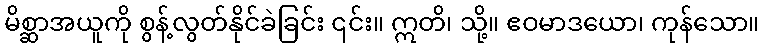
မိစ္ဆာအယူကို စွန့်လွတ်နိုင်ခဲခြင်း ၎င်း။ ဣတိ၊ သို့။ ဧဝမာဒယော၊ ကုန်သော။